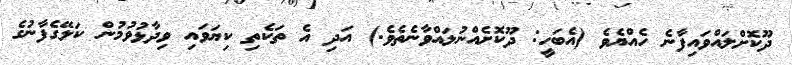
ދޫކޮށްލައްވައިފާނެ ހެއްޔެވެ (އެބަހީ: ދޫކޮށެއްނުލައްވާނެތެވެ.) އަދި އެ ތަކެތި ކިޔަވައި ވިދާޅުވުމުން ކަލޭގެފާނުގެ